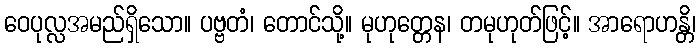
ဝေပုလ္လအမည်ရှိသော။ ပဗ္ဗတံ၊ တောင်သို့။ မုဟုတ္တေန၊ တမုဟုတ်ဖြင့်။ အာရောဟန္တိ၊